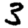
Digit: 3